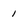
Character: 1